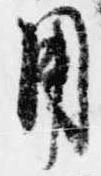
用